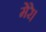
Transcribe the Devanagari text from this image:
मेरे।